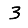
Digit: 3